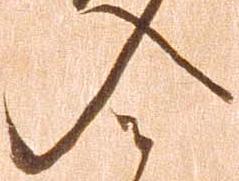
入